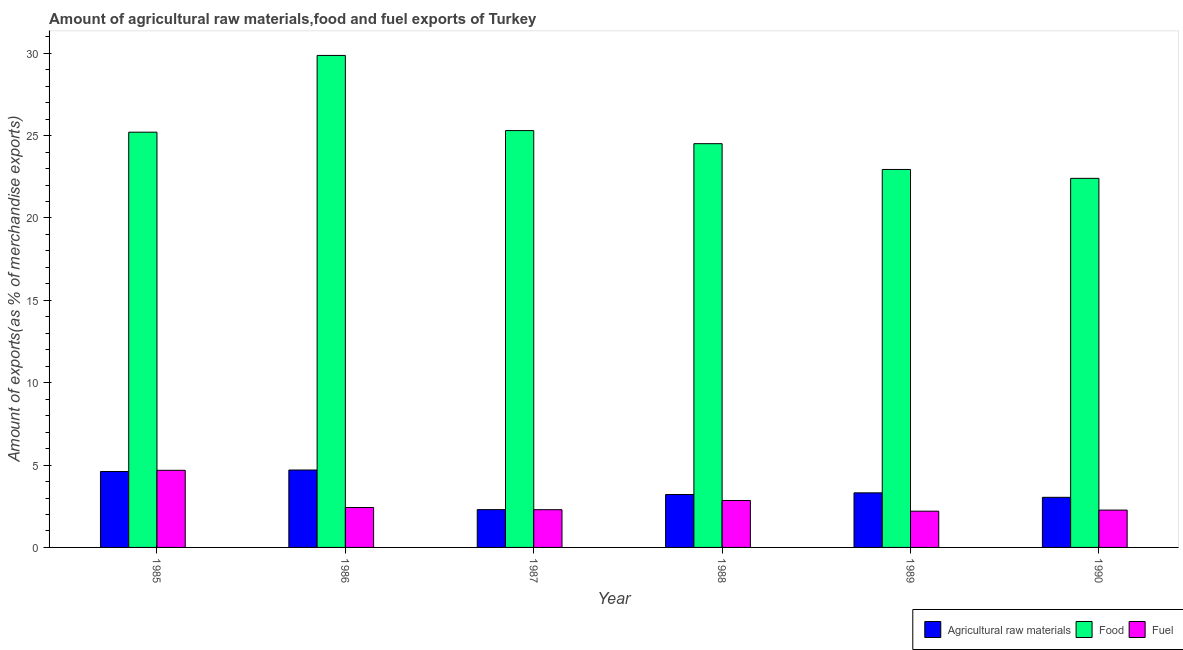
| Year | Agricultural raw materials | Food | Fuel |
 | --- | --- | --- | --- |
 | 1985 | 4.61 | 25.2 | 4.68 |
 | 1986 | 4.7 | 29.9 | 2.42 |
 | 1987 | 2.29 | 25.3 | 2.29 |
 | 1988 | 3.21 | 24.5 | 2.85 |
 | 1989 | 3.31 | 22.9 | 2.2 |
 | 1990 | 3.04 | 22.4 | 2.27 |